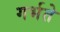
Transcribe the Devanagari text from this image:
गर्भते